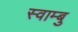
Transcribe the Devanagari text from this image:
स्वाम्बु